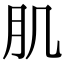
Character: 肌